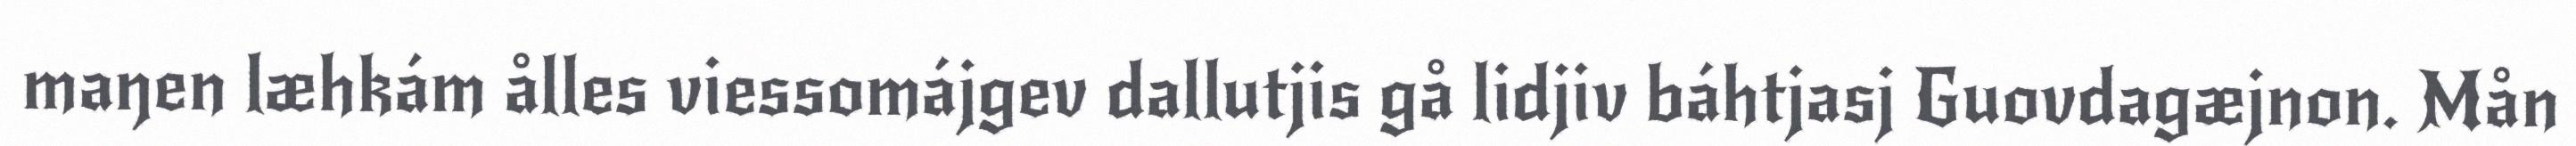
maŋen læhkám ålles viessomájgev dallutjis gå lidjiv báhtjasj Guovdagæjnon. Mån